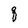
Character: q